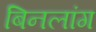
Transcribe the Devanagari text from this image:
बिनलांग